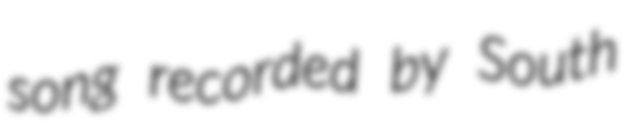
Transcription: song recorded by South